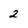
Character: 2